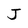
Character: J